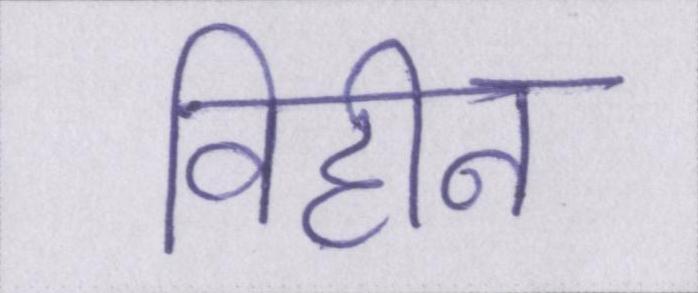
विहीन